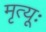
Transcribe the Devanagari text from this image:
मृत्यूः